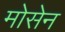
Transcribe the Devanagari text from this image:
मोसेन